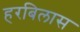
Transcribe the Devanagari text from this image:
हरबिलास